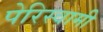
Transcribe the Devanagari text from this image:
पेरिस्वामी